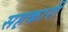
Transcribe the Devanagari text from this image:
सह़कारी